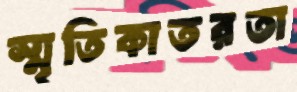
স্মৃতিকাতরতা